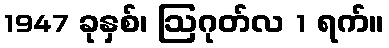
1947 ခုနှစ်၊ ဩဂုတ်လ 1 ရက်။